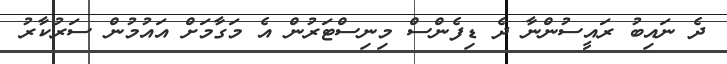
ދެ ނައިބު ރައީސުންނާ ދެ ޑިފެންސް މިނިސްޓަރުން އެ މަގާމަށް އައުމުން ސަރުކާރު